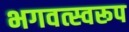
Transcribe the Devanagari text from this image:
भगवत्स्वरूप